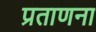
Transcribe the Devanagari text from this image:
प्रताणना